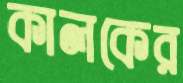
কালকের